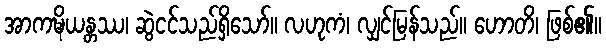
အာကဍ္ဎိယန္တဿ၊ ဆွဲငင်သည်ရှိသော်။ လဟုကံ၊ လျှင်မြန်သည်။ ဟောတိ၊ ဖြစ်၏။